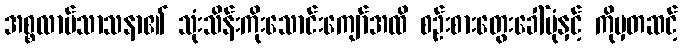
အစ္စလာမ်သာသနာ၏ သုံးသိန်းကိုးသောင်းကျော်အထိ စဉ်းစားတွေးခေါ်ပုံနှင့် ကိုမှတဆင့်